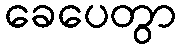
ခေပေတွာ